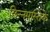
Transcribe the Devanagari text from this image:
छिन्नमस्तिके